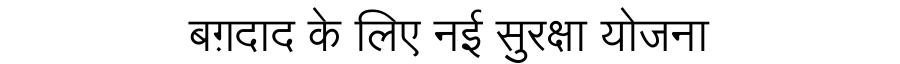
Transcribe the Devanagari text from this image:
बग़दाद के लिए नई सुरक्षा योजना